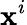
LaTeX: \textbf{x}^{i}